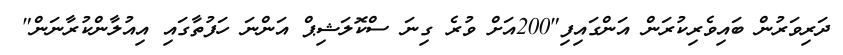
ދަރިވަރުން ބައިވެރިކުރަން އަންގައިފި"200އަށް ވުރެ ގިނަ ސްކޮލަޝިޕް އަންނަ ހަފުތާގައި އިއުލާންކުރާނަން"